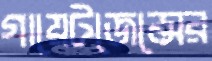
গায়েটজেন্সের